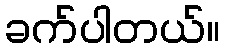
ခက်ပါတယ်။